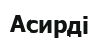
Асирді